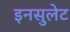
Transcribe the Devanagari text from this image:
इनसुलेट